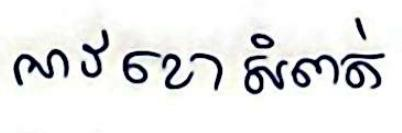
អាវខោសំពត់